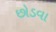
છોડવા